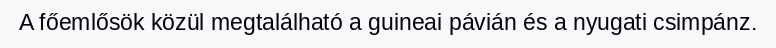
A főemlősök közül megtalálható a guineai pávián és a nyugati csimpánz.